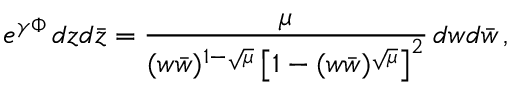
e ^ { \gamma \Phi } \, d z d \bar { z } = \frac { \mu } { ( w \bar { w } ) ^ { 1 - \sqrt { \mu } } \left[ 1 - ( w \bar { w } ) ^ { \sqrt { \mu } } \right] ^ { 2 } } \, d w d \bar { w } \, ,